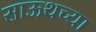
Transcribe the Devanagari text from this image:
साऊथच्या